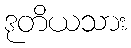
ဒုတိယသား